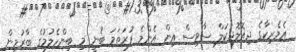
އެމެރިކާގެ ޖިއޮލޮޖިކަލް ސާވިސް އިން އެންމެ ފުރަތަމަ ބުނީ މި ބިންހެލުމުގެ ބާރުމިން